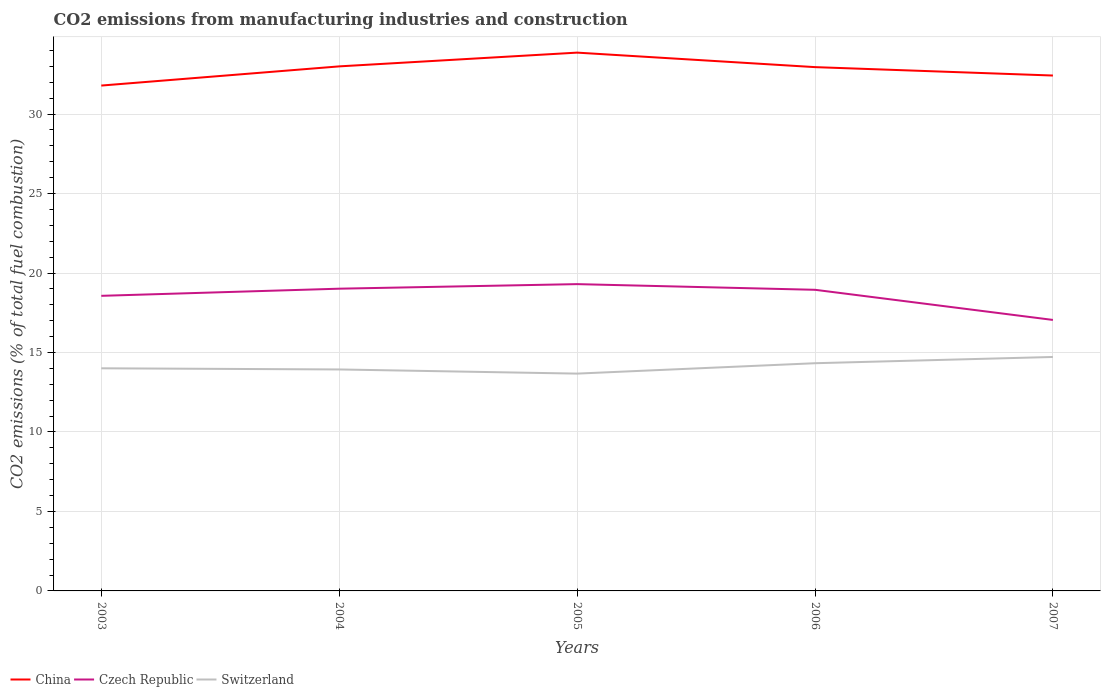
| Years | China | Czech Republic | Switzerland |
 | --- | --- | --- | --- |
 | 2003 | 31.8 | 18.6 | 14 |
 | 2004 | 33 | 19 | 13.9 |
 | 2005 | 33.9 | 19.3 | 13.7 |
 | 2006 | 33 | 18.9 | 14.3 |
 | 2007 | 32.4 | 17 | 14.7 |